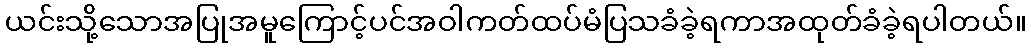
ယင်းသို့သောအပြုအမူကြောင့်ပင်အဝါကတ်ထပ်မံပြသခံခဲ့ရကာအထုတ်ခံခဲ့ရပါတယ်။